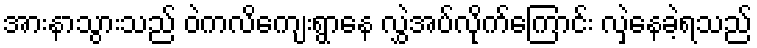
အားနာသွားသည် ဝဲကလိကျေးရွာနေ လွှဲအပ်လိုက်ကြောင်း လှဲနေခဲ့ရသည်